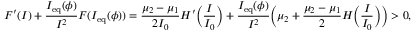
F ^ { \prime } ( I ) + \frac { I _ { \mathrm { e q } } ( \phi ) } { I ^ { 2 } } F ( I _ { \mathrm { e q } } ( \phi ) ) = \frac { \mu _ { 2 } - \mu _ { 1 } } { 2 I _ { 0 } } H ^ { \prime } \Big ( \frac { I } { I _ { 0 } } \Big ) + \frac { I _ { \mathrm { e q } } ( \phi ) } { I ^ { 2 } } \Big ( \mu _ { 2 } + \frac { \mu _ { 2 } - \mu _ { 1 } } { 2 } H \Big ( \frac { I } { I _ { 0 } } \Big ) \Big ) > 0 ,